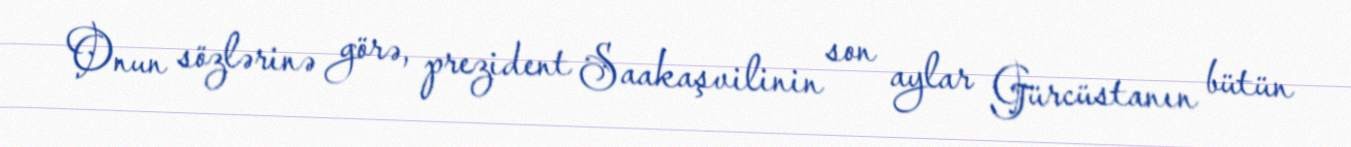
Onun sözlərinə görə, prezident Saakaşvilinin son aylar Gürcüstanın bütün